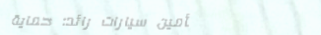
تأمين سيارات رائد: حماية